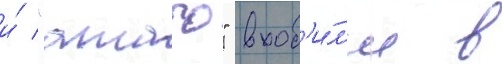
и́ "атаго" вход'и́л'и в